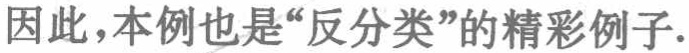
因此，本例也是“反分类”的精彩例子.